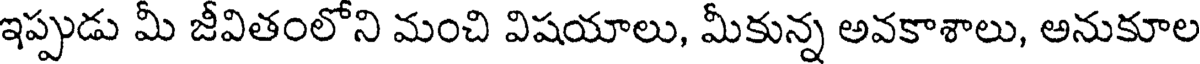
ఇప్పుడు మీ జీవితంలోని మంచి విషయాలు, మీకున్న అవకాశాలు, అనుకూల